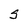
Character: S